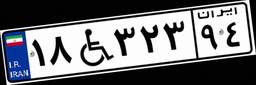
۱۸W۳۲۳۹۴